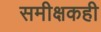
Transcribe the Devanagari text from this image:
समीक्षकही